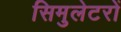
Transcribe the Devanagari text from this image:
सिमुलेटरों